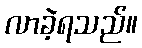
လာခဲ့ရသည်။